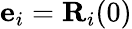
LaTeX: {\mathbf e}_{i}={\mathbf R}_{i}(0)